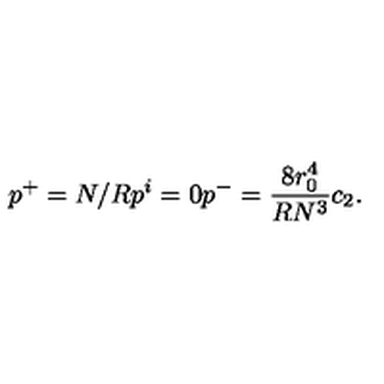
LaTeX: p ^ { + } = N / R p ^ { i } = 0 p ^ { - } = { \frac { 8 r _ { 0 } ^ { 4 } } { R N ^ { 3 } } } c _ { 2 } .